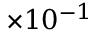
\times 1 0 ^ { - 1 }